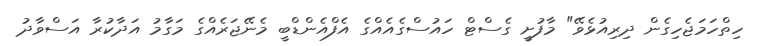
ހިތްހަމަޖެހިގެން ދިރިއުޅެވޭ" މާފުށީ ގެސްޓް ހައުސްގެއެއްގެ އެފްއެންޑްބީ މެނޭޖަރެއްގެ މަގާމު އަދާކުރާ އަސްވާދު